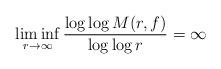
LaTeX: \begin{align*}\liminf_{r\to\infty}\frac{\log\log M(r,f)}{\log \log r}=\infty\end{align*}